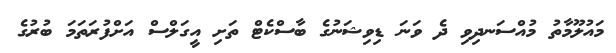
މައުލޫމާތު މުއްސަނދިވި ދެ ވަނަ ޑިވިޝަނުގެ ބާސްކެޓް ތަށި އީގަލްސް އަށްފުރަތަމަ ބުރުގެ